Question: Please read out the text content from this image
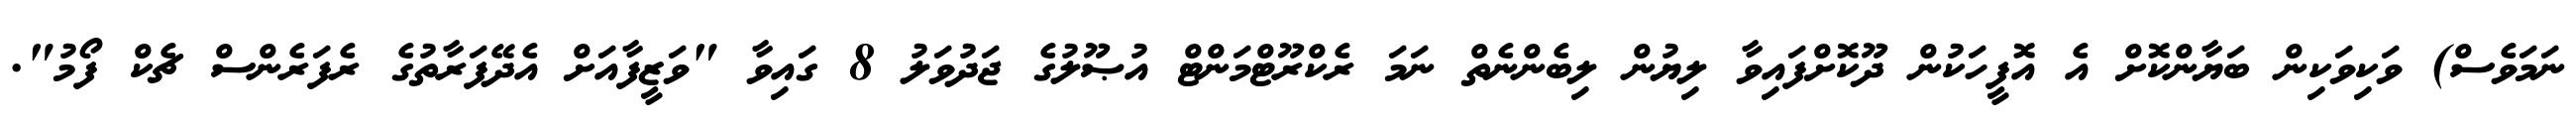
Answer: ނަމަވެސް) ވަކިވަކިން ބަޔާންކޮށް އެ އޮފީހަކުން ދޫކޮށްފައިވާ ލިޔުން ލިބެންނެތް ނަމަ ރެކްރޫޓްމަންޓް އުޞޫލުގެ ޖަދުވަލު 8 ގައިވާ "ވަޒީފާއަށް އެދޭފަރާތުގެ ރެފަރެންސް ޗެކް ފޯމު".